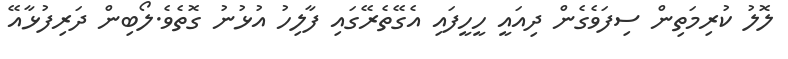
ލޮލު ކުރިމަތިން ސިފަވެގެން ދިއައީ ހީހީފައި އެގޭތެރޭގައި ފާލިހު އުޅުނު ގޮތެވެ.ލޯބިން ދަރިފުޅާއޭ